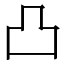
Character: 凸